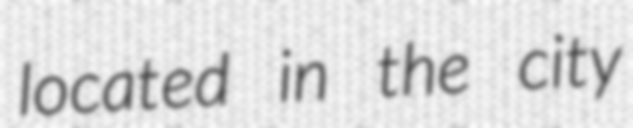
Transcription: located in the city